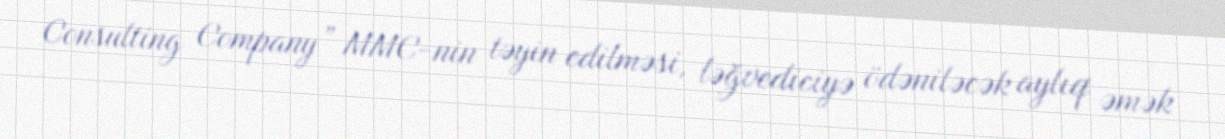
Consulting Company” MMC-nin təyin edilməsi, ləğvediciyə ödəniləcək aylıq əmək